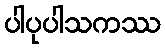
ပါပုပါသကဿ